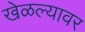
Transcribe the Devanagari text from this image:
खेळल्यावर